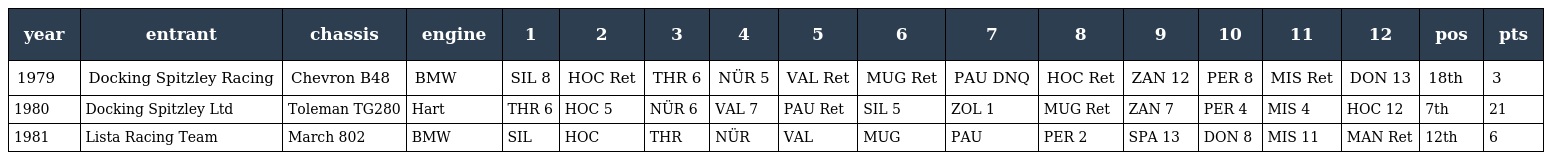
| year | entrant | chassis | engine | 1 | 2 | 3 | 4 | 5 | 6 | 7 | 8 | 9 | 10 | 11 | 12 | pos | pts |
 | --- | --- | --- | --- | --- | --- | --- | --- | --- | --- | --- | --- | --- | --- | --- | --- | --- | --- |
 | 1979 | Docking Spitzley Racing | Chevron B48 | BMW | SIL 8 | HOC Ret | THR 6 | NÜR 5 | VAL Ret | MUG Ret | PAU DNQ | HOC Ret | ZAN 12 | PER 8 | MIS Ret | DON 13 | 18th | 3 |
 | 1980 | Docking Spitzley Ltd | Toleman TG280 | Hart | THR 6 | HOC 5 | NÜR 6 | VAL 7 | PAU Ret | SIL 5 | ZOL 1 | MUG Ret | ZAN 7 | PER 4 | MIS 4 | HOC 12 | 7th | 21 |
 | 1981 | Lista Racing Team | March 802 | BMW | SIL | HOC | THR | NÜR | VAL | MUG | PAU | PER 2 | SPA 13 | DON 8 | MIS 11 | MAN Ret | 12th | 6 |